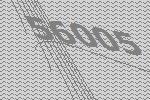
56005